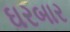
ઘરબાર